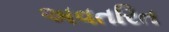
અવતરિત